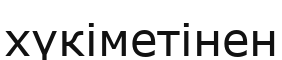
хүкіметінен